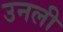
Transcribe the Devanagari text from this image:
उनली